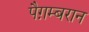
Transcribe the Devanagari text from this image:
पैग़म्बरान